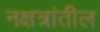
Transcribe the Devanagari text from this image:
नक्षत्रांतील